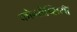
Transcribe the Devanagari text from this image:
कोन्सेप्सियॉँ